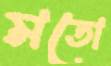
মতো